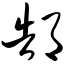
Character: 郜